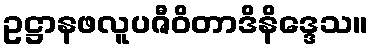
ဥဋ္ဌာနဖလူပဇီဝိတာဒိနိဒ္ဒေသ။